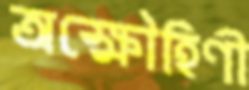
অক্ষৌহিণী